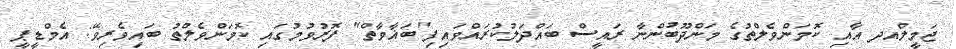
ޖަމީލްއދ އާއި ކޮމަންވެލްތުގެ މަންދޫބުންނާ ރައީސް ބައްދަލުކުރައްވައިފި"ބަޣާވާތް" ފޮރުވުމުގައި ކޮމަންވެލްތު ބައިވެރިވޭ: އެމްޑީޕީ